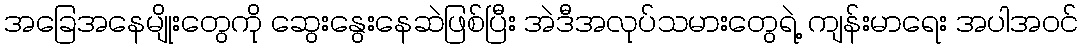
အခြေအနေမျိုးတွေကို ဆွေးနွေးနေဆဲဖြစ်ပြီး အဲဒီအလုပ်သမားတွေရဲ့ ကျန်းမာရေး အပါအဝင်